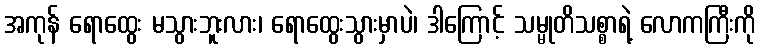
အကုန် ရောထွေး မသွားဘူးလား၊ ရောထွေးသွားမှာပဲ၊ ဒါကြောင့် သမ္မုတိသစ္စာရဲ့ လောကကြီးကို